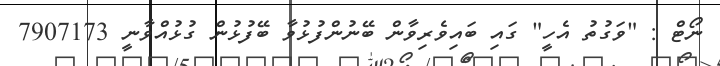
ނޯޓް : "ވަގުތު އެހީ" ގައި ބައިވެރިވާން ބޭނުންފުޅުވާ ބޭފުޅުން ގުޅުއްވާނީ 7907173